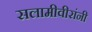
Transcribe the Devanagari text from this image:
सलामीवीरांनी